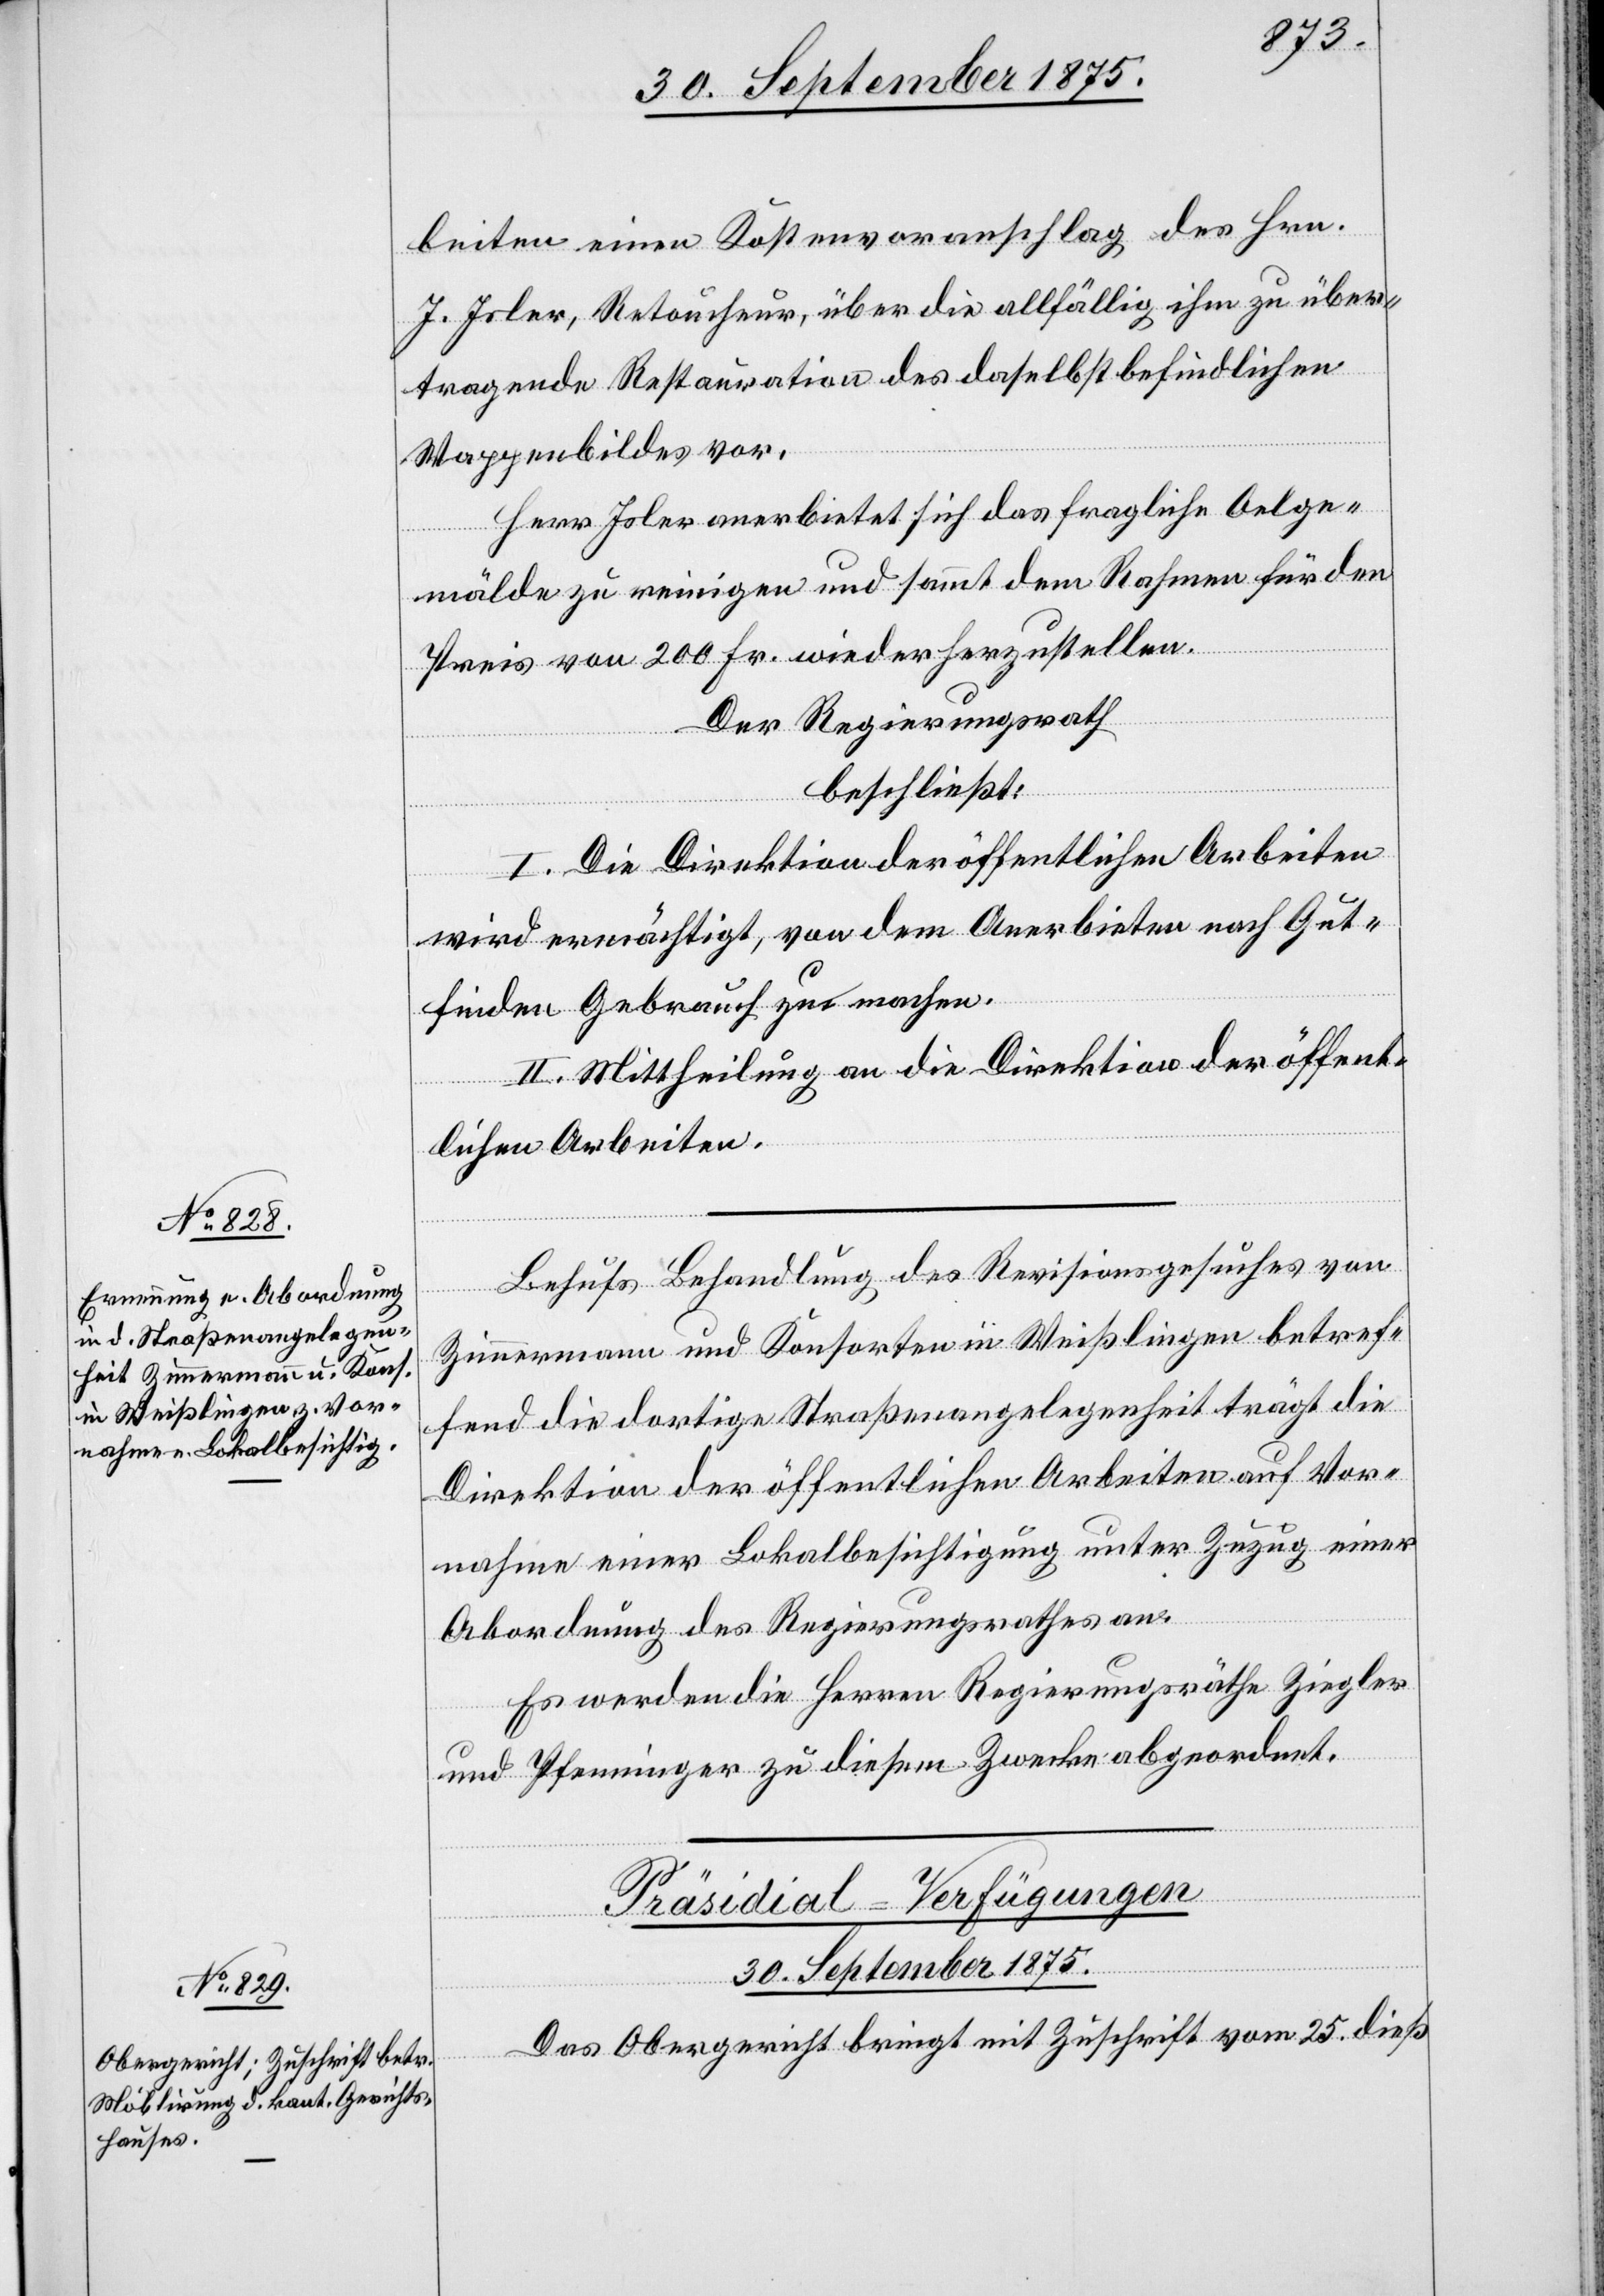
beiten einen Kostenvoranschlag des Hrn.
J. Isler, Retoucheur, über die allfällig ihm zu über¬
tragende Restauration des daselbst befindlichen
Wappenbildes vor.
Herr Isler anerbietet sich das fragliche Oelge¬
mälde zu reinigen und sammt dem Rahmen für den
Preis von 200 Fr. wiederherzustellen.
Der Regierungsrath
beschließt:
I. Die Direktion der öffentlichen Arbeiten
wird ermächtigt, von dem Anerbieten nach Gut¬
finden Gebrauch zu machen.
II. Mittheilung an die Direktion der öffent¬
lichen Arbeiten.
Behufs Behandlung des Revisionsgesuches von
Zimmermann und Konsorten in Weißlingen betref¬
fend die dortige Straßenangelegenheit trägt die
Direktion der öffentlichen Arbeiten auf Vor¬
nahme einer Lokalbesichtigung unter Zuzug einer
Abordnung des Regierungsrathes an.
Es werden die Herren Regierungsräthe Ziegler
und Pfenninger zu diesem Zwecke abgeordnet.
Präsidial-Verfügungen
30. September 1875.
Das Obergericht bringt mit Zuschrift vom 25. dieß